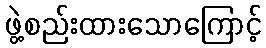
ဖွဲ့စည်းထားသောကြောင့်